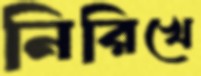
নিরিখে